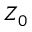
Z _ { 0 }